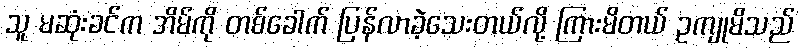
သူ မဆုံးခင်က အိမ်ကို တစ်ခေါက် ပြန်လာခဲ့သေးတယ်လို့ ကြားမိတယ် ဥကျုမိသည်